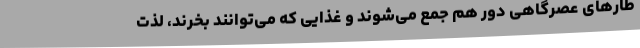
طارهای عصرگاهی دور هم جمع می‌شوند و غذایی که می‌توانند بخرند، لذت